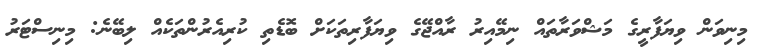
މިނިވަން ވިޔަފާރީގެ މަޝްވަރާތައް ނިމޭއިރު ރާއްޖޭގެ ވިޔަފާރިތަކަށް ބޮޑެތި ކުރިއެރުންތަކެއް ލިބޭނެ: މިނިސްޓަރު